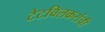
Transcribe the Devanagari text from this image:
टेटविलकरांची